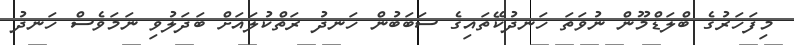
މިފަހަރުގެ ބްލަޑްމޫން ނުވަތަ ހަނދުކޭތައިގެ ސަބަބުން ހަނދު ރަތްކުލައަށް ބަދަލުވި ނަމަވެސް ހަނދު